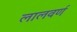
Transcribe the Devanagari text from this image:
लालवर्ण